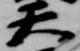
天